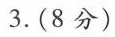
3.(8分)